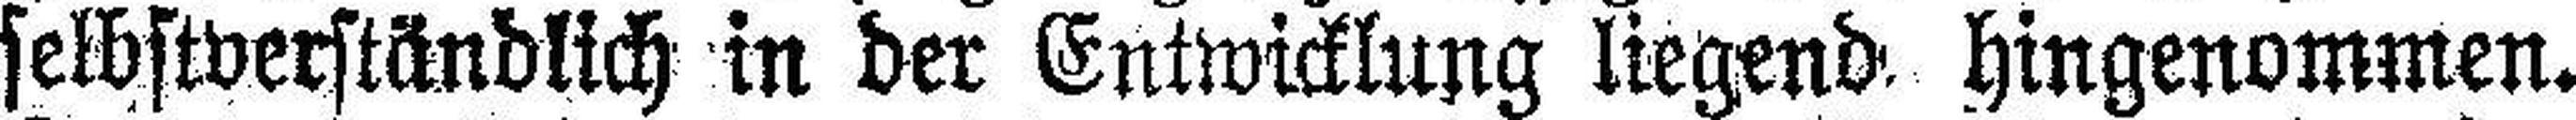
selbstverständlich in der Entwicklung liegend hingenommen.